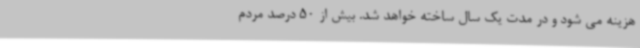
هزینه می شود و در مدت یک سال ساخته خواهد شد. بیش از 50 درصد مردم